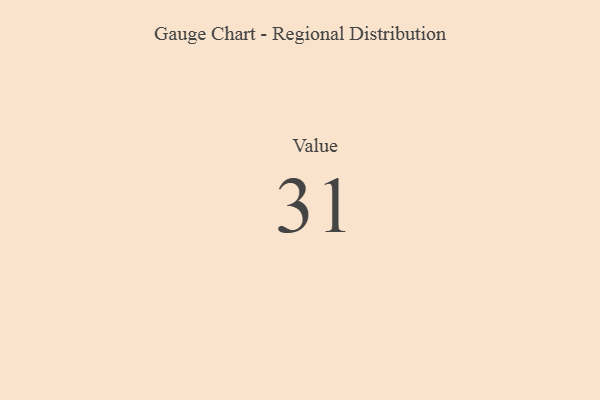
{"axis": {"x": "Metric", "y": "Value"}, "legend": [""], "data": [{"x": "Value", "y": 31, "type": ""}]}